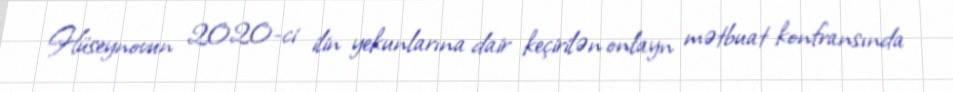
Hüseynovun 2020-ci ilin yekunlarına dair keçirilən onlayn mətbuat konfransında